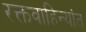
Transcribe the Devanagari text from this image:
रक्तवाहिन्यांत